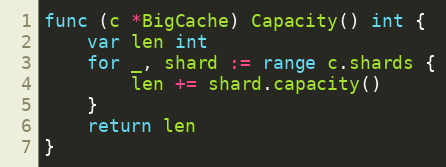
Language: Go
func (c *BigCache) Capacity() int {
	var len int
	for _, shard := range c.shards {
		len += shard.capacity()
	}
	return len
}